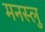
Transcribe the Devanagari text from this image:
मनस्लु